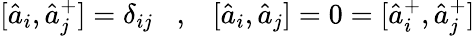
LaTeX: [\hat{a}_{i},\hat{a}_{j}^{+}]=\delta_{ij}\; \; \; ,\; \; \; [\hat{a}_{i},\hat{a}_{j}]=0=[\hat{a}_{i}^{+},\hat{a}_{j}^{+}]